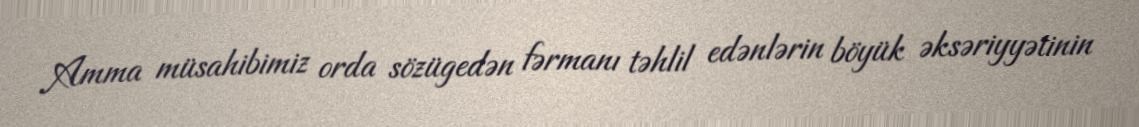
Amma müsahibimiz orda sözügedən fərmanı təhlil edənlərin böyük əksəriyyətinin